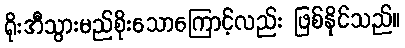
ရိုးအီသွားမည်စိုးသောကြောင့်လည်း ဖြစ်နိုင်သည်။